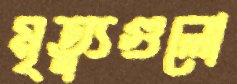
মৃত্যুগুলো